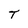
Character: T